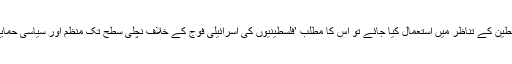
اگر انتفادہ کا لفظ اسرائیل اور فلسطین کے تناظر میں استعمال کیا جائے تو اس کا مطلب ’فلسطینیوں کی اسرائیلی فوج کے خلاف نچلی سطح تک منظم اور سیاسی حمایت یافتہ بغاوت‘ سمجھا جاتا ہے۔